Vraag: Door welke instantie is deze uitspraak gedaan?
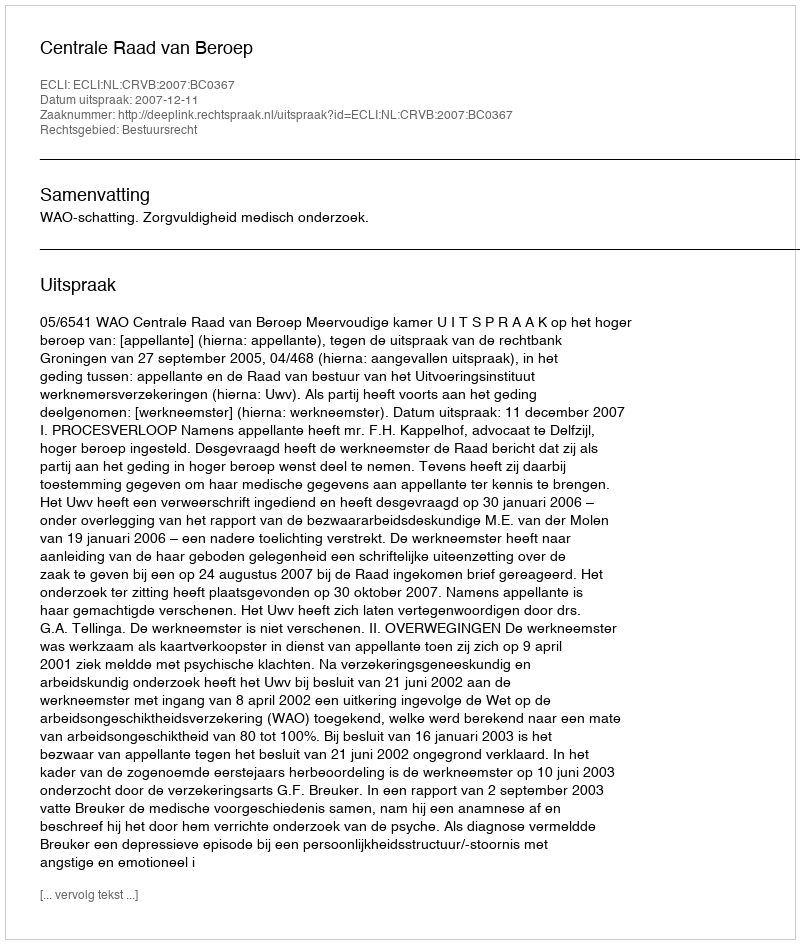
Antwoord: Centrale Raad van Beroep